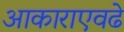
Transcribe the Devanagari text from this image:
आकाराएवढे